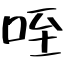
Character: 咥